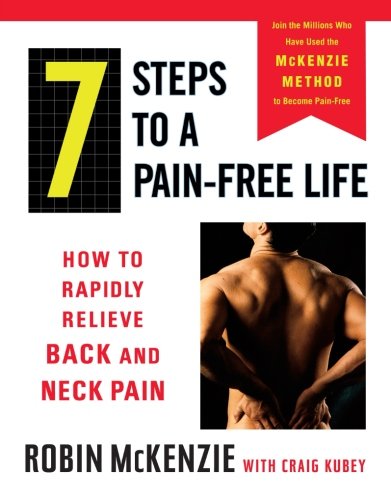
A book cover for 7 Steps to a Pain-Free Life: How to Rapidly Relieve Back and Neck Pain; Robin McKenzie; Medical Books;